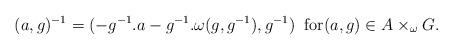
LaTeX: \begin{align*}(a,g)^{-1}=(-g^{-1}.a-g^{-1}.\omega(g,g^{-1}),g^{-1})\;\;\mbox{for$(a,g)\in A\times_\omega G$.}\end{align*}